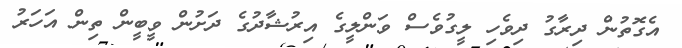
އެގޮތުން ދިރާގު ދިވެހި ލީގުވެސް ވަންލީގެ އިރުޝާދުގެ ދަށުން ވީބީން ތިން އަހަރު